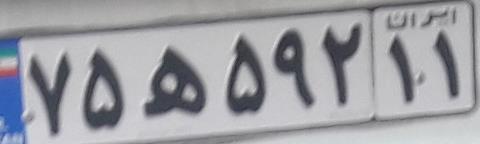
۷۵ه۵۹۲۱۱